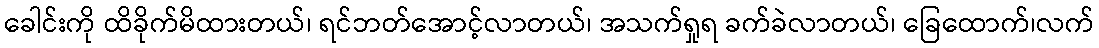
ခေါင်းကို ထိခိုက်မိထားတယ်၊ ရင်ဘတ်အောင့်လာတယ်၊ အသက်ရှုရ ခက်ခဲလာတယ်၊ ခြေထောက်၊လက်